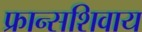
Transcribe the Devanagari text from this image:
फ्रान्सशिवाय